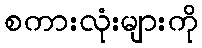
စကားလုံးများကို